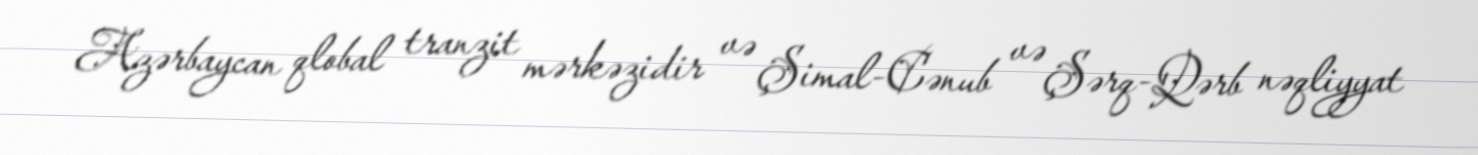
Azərbaycan qlobal tranzit mərkəzidir və Şimal-Cənub və Şərq-Qərb nəqliyyat